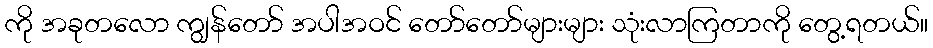
ကို အခုတလော ကျွန်တော် အပါအဝင် တော်တော်များများ သုံးလာကြတာကို တွေ့ရတယ်။